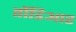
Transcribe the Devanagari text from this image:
तोंडिआर